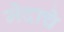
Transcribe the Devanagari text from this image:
मेदाचे